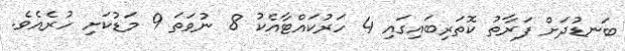
ބަނޑުދަށް ފަރާތު ކޮތަރިބައިގައި 4 ހަރުކައްޓާއެކު 8 ނުވަތަ 9 މަޑުކަށި ހުރެއެވެ.